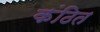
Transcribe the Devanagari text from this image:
कंठित